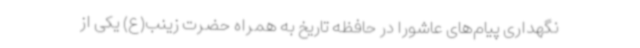
نگهداری پیام‌های عاشورا در حافظه تاریخ به همراه حضرت زینب(ع) یکی از